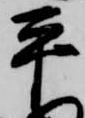
平